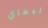
ليفاي